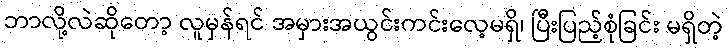
ဘာလို့လဲဆိုတော့ လူမှန်ရင် အမှားအယွင်းကင်းလေ့မရှိ၊ ပြီးပြည့်စုံခြင်း မရှိတဲ့